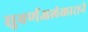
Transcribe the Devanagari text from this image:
सुवर्णअलंकाराने